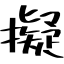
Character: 擬